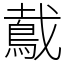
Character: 䳒